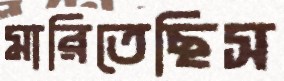
মারিতেছিস